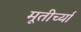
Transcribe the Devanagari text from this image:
मूतीर्च्या